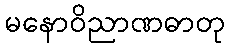
မနောဝိညာဏဓာတု